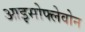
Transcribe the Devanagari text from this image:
आइसोफ्लेवोन